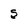
Character: S